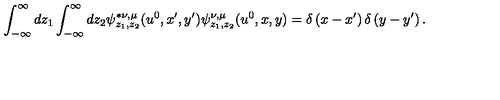
\int _ { - \infty } ^ { \infty } d z _ { 1 } \int _ { - \infty } ^ { \infty } d z _ { 2 } \psi _ { z _ { 1 } , z _ { 2 } } ^ { \ast \nu , \mu } ( u ^ { 0 } , x ^ { \prime } , y ^ { \prime } ) \psi _ { z _ { 1 } , z _ { 2 } } ^ { \nu , \mu } ( u ^ { 0 } , x , y ) = \delta \left( x - x ^ { \prime } \right) \delta \left( y - y ^ { \prime } \right) .